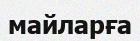
майларға